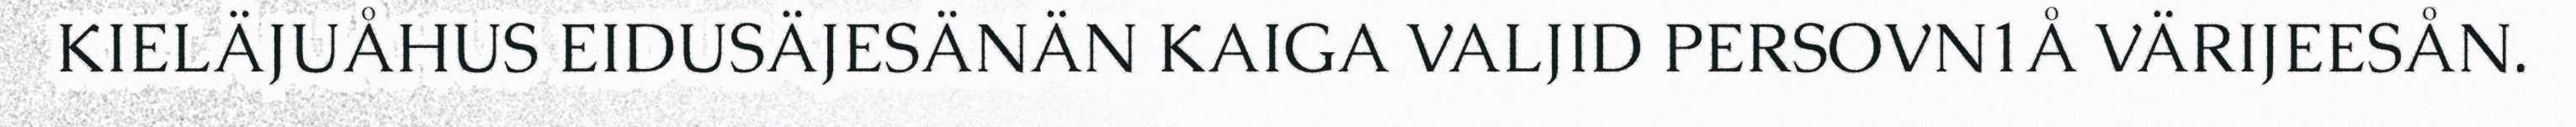
KIELÄJUÅHUS EIDUSÄJESÄNÄN KAIGA VALJID PERSOVN1Å VÄRIJEESÅN.